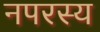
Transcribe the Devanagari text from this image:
नपरस्य